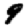
Digit: 9